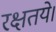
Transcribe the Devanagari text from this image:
रक्षतये।